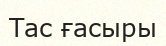
Тас ғасыры